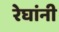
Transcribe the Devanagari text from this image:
रेघांनी